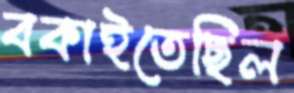
বকাইতেছিল